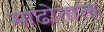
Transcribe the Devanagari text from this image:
माढोताल